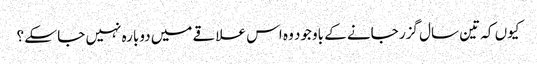
کیوں کہ تین سال گزر جانے کے باوجود وہ اس علاقے میں دوبارہ نہیں جا سکے ؟